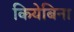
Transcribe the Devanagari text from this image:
कियेबिना